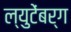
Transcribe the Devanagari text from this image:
ल्युटेंबर्ग